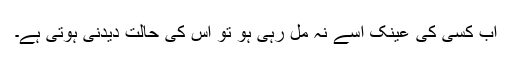
اب کسی کی عینک اسے نہ مل رہی ہو تو اس کی حالت دیدنی ہوتی ہے۔